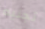
تجنيه